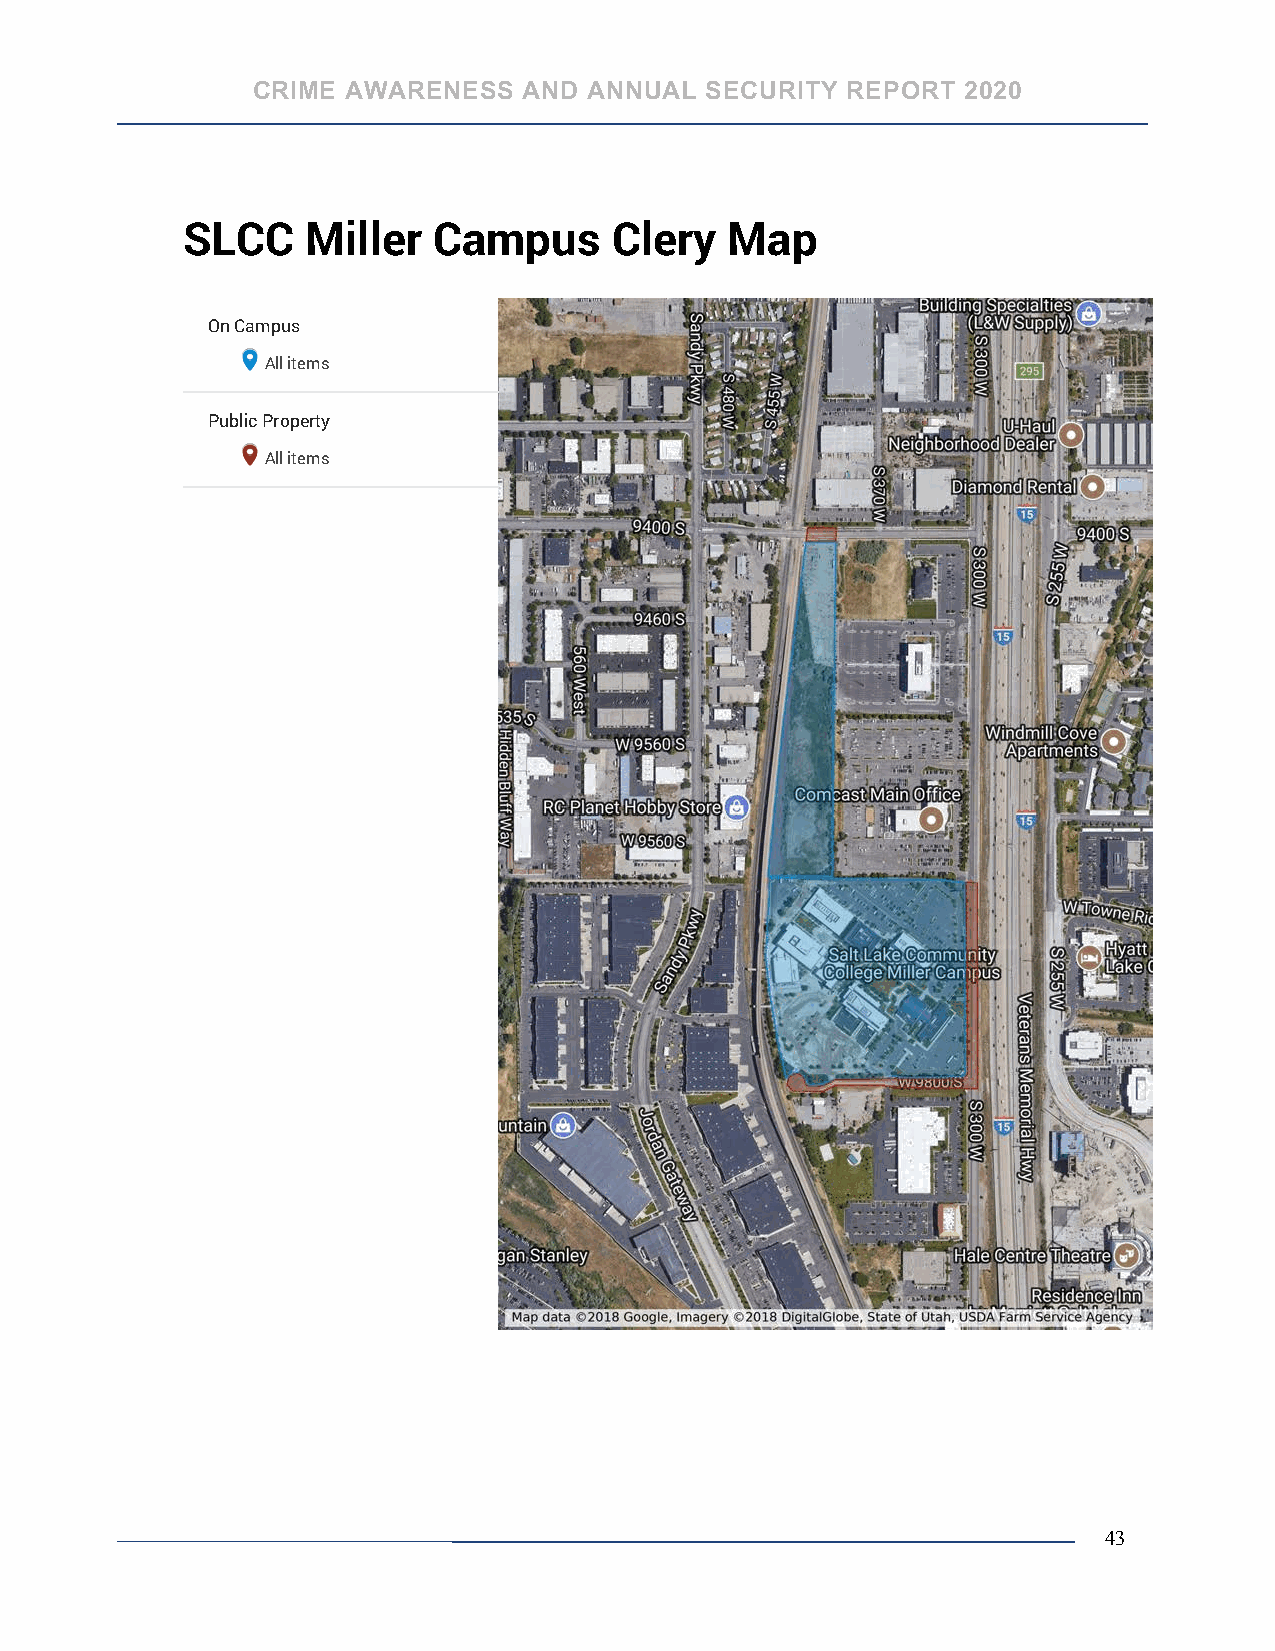
CRIME AWARENESS   AND ANNUAL  SECURITY REPORT  2020
 SLCC    Miller   Campus      Clery  Map
 On Campus
 All items
 Public Property
 All items
 43